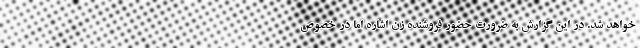
خواهد شد. در این گزارش به ضرورت حضور فروشنده زن اشاره اما در خصوص